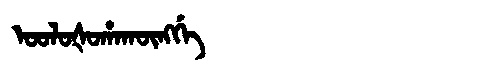
Manchu: ᠣᠣᠯᠣᡧᠣᡥᠠᡴᡡᠩᡤᡝ
Romanization: OOLOŠOHAKŪNGGE